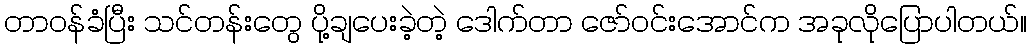
တာဝန်ခံပြီး သင်တန်းတွေ ပို့ချပေးခဲ့တဲ့ ဒေါက်တာ ဇော်ဝင်းအောင်က အခုလိုပြောပါတယ်။